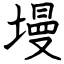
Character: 墁